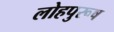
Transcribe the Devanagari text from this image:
लोहपुरूष